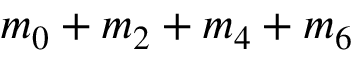
m _ { 0 } + m _ { 2 } + m _ { 4 } + m _ { 6 }